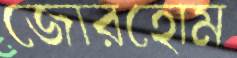
জোরহোম